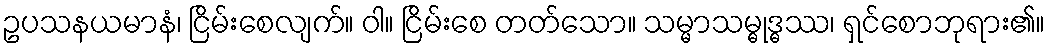
ဥပသနယမာနံ၊ ငြိမ်းစေလျက်။ ဝါ။ ငြိမ်းစေ တတ်သော။ သမ္မာသမ္ဓုဒ္ဓဿ၊ ရှင်စောဘုရား၏။